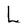
Character: L